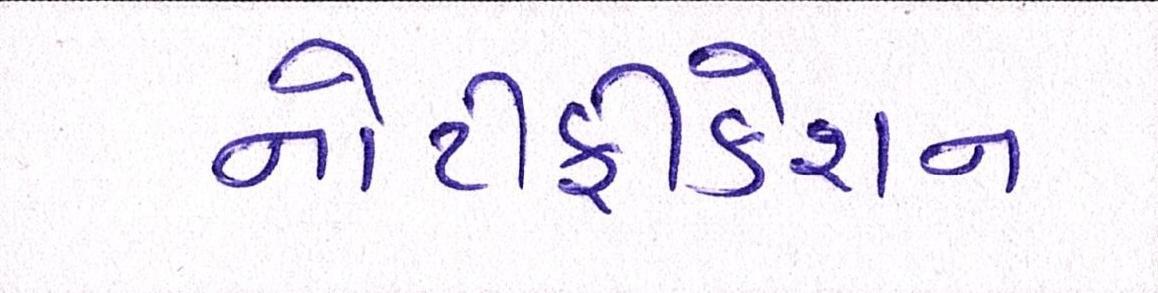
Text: નોટીફીકેશન